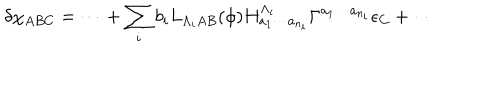
\delta \chi _ { A B C } = \cdots + \sum _ { i } b _ { i } L _ { \Lambda _ { i } A B } ( \phi ) H _ { a _ { 1 } \cdots a _ { n _ { i } } } ^ { \Lambda _ { i } } \Gamma ^ { a _ { 1 } \cdots a _ { n _ { i } } } \epsilon _ { C } + \cdots